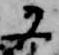
又